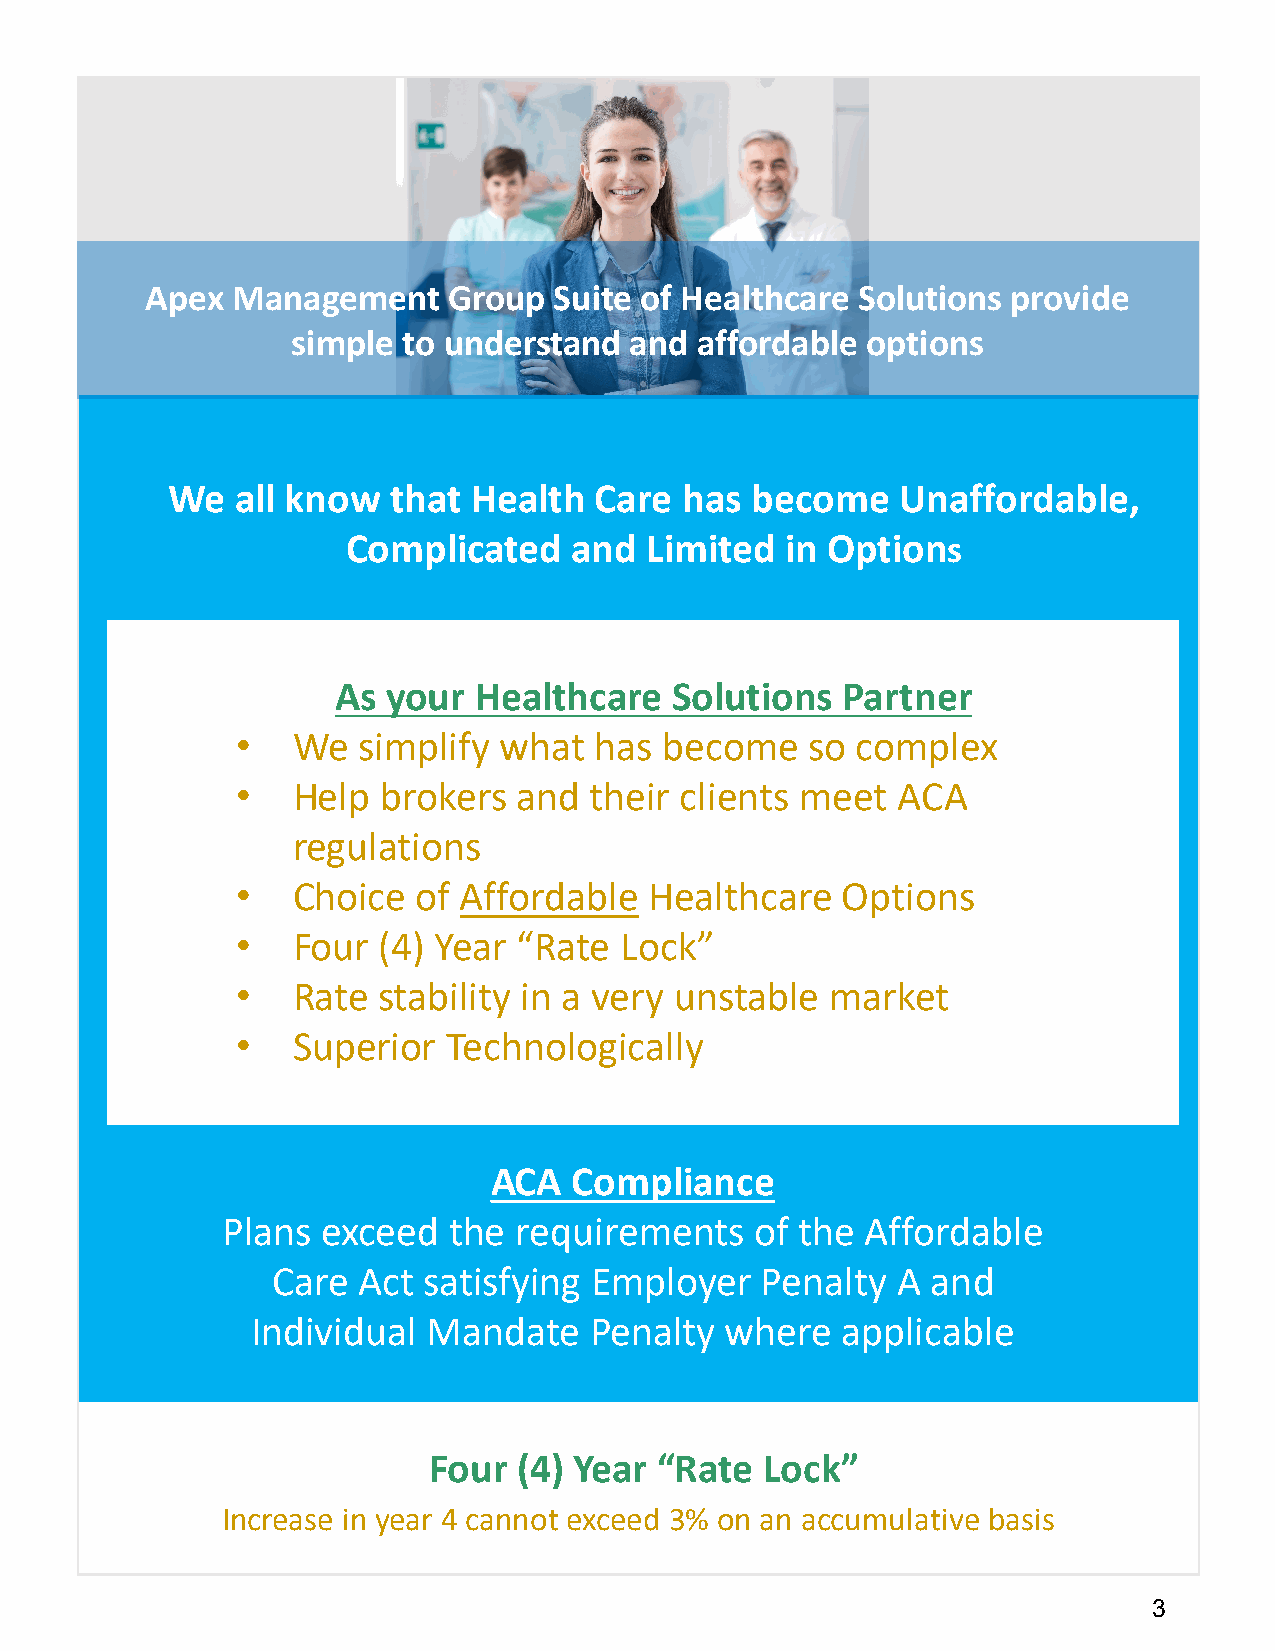
Apex Management     Group  Suite of Healthcare Solutions provide
 simple  to understand  and affordable options
 We   all know  that Health  Care  has  become    Unaffordable,
 Complicated    and  Limited  in Options
 As  your Healthcare    Solutions  Partner
 •  We   simplify what  has  become    so complex
 •  Help  brokers  and  their clients meet  ACA
 regulations
 •  Choice   of Affordable  Healthcare   Options
 •  Four  (4) Year “Rate  Lock”
 •  Rate  stability in a very unstable  market
 •  Superior   Technologically
 ACA   Compliance
 Plans exceed   the requirements    of the Affordable
 Care  Act satisfying Employer   Penalty  A  and
 Individual Mandate    Penalty  where   applicable
 Four  (4) Year  “Rate  Lock”
 Increase in year 4 cannot exceed 3% on an accumulative basis
 3